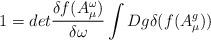
LaTeX: \begin{align*}1 = det\frac{\delta f(A^{\omega}_{\mu})}{\delta \omega} \int Dg \delta(f(A^g_{\mu}))\end{align*}